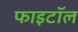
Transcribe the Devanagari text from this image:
फाइटॉल